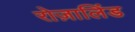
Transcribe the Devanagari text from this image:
रोज़ालिंड